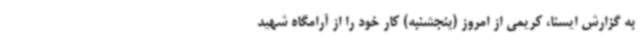
به گزارش ایسنا، کریمی از امروز (پنجشنبه) کار خود را از آرامگاه شهید